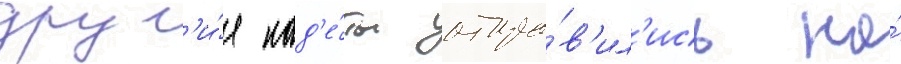
друг'и́е кад'е́ты отпра́в'ил'ись на́